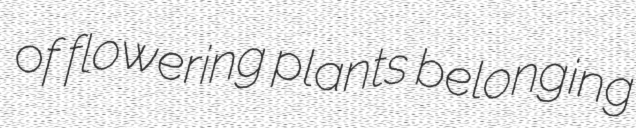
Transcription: of flowering plants belonging